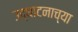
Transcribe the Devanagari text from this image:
उद्घाटनाच्या